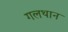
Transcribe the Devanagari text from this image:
गलथान